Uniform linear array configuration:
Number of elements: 24
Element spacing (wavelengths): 0.5
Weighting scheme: kaiser
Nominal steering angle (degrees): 30
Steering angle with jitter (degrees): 29.529
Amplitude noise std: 0.05
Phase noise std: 0.05

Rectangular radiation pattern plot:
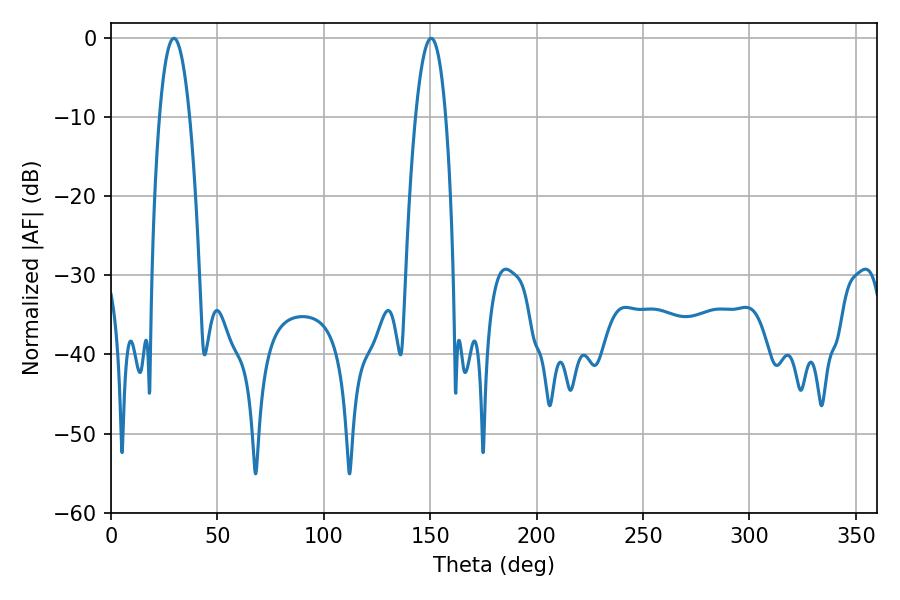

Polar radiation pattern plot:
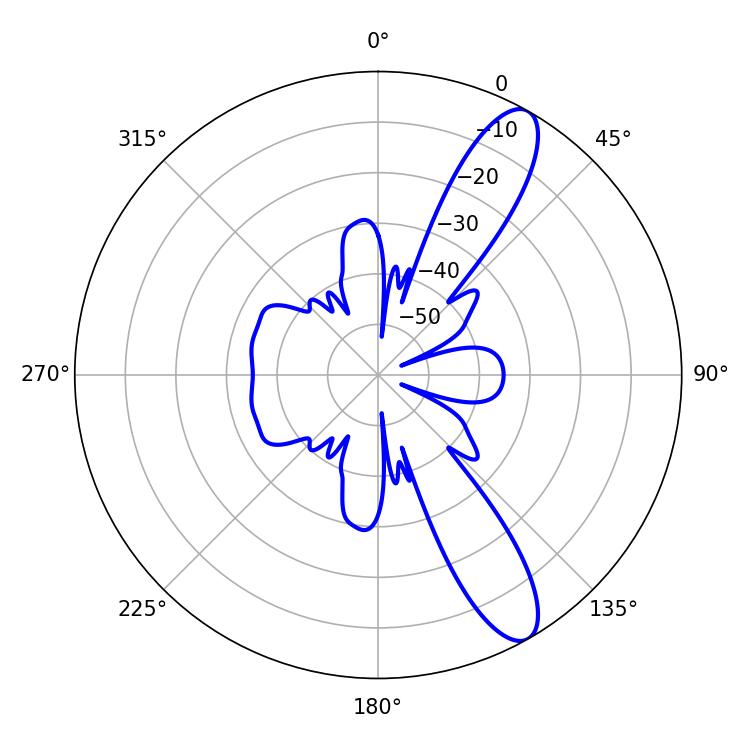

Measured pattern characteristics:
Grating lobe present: FALSE
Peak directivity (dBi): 11.39
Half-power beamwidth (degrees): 7.74
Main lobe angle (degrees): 29.52